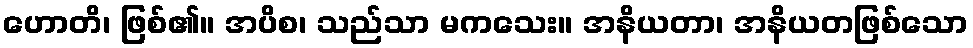
ဟောတိ၊ ဖြစ်၏။ အပိစ၊ သည်သာ မကသေး။ အနိယတာ၊ အနိယတဖြစ်သော